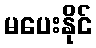
မပေးနိုင်